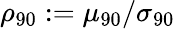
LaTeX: \rho_{90}:=\mu_{90}/\sigma_{90}